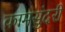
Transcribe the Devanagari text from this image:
कामसुंदरी